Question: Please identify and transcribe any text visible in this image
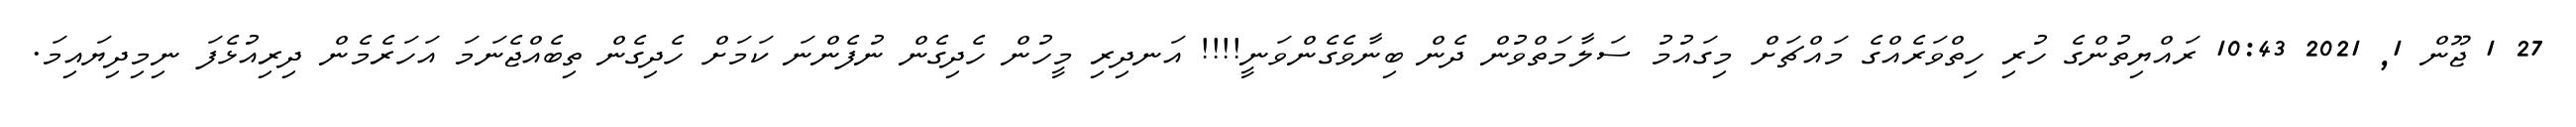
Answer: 27 1 ޖޫން 1, 2021 10:43 ރައްޔިތުންގެ ހުރި ހިތްވަރެއްގެ މައްޗަށް މިގައުމު ސަލާމަތްވުން ދެން ބިނާވެގެންވަނީ!!!! އަނދިރި މީހުން ހެދިގެން ނުފެންނަ ކަމަށް ހެދިގެން ތިބެއްޖެނަމަ އަހަރެމެން ދިރިއުޅެފަ ނިމިދިޔައިމަ.